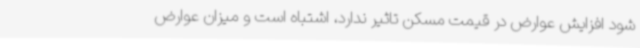
شود افزایش عوارض در قیمت مسکن تاثیر ندارد، اشتباه است و میزان عوارض